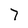
Character: 7